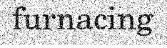
furnacing